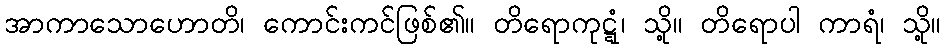
အာကာသောဟောတိ၊ ကောင်းကင်ဖြစ်၏။ တိရောကုဋ္ဋံ၊ သို့။ တိရောပါ ကာရံ၊ သို့။